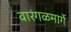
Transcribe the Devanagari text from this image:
वारंगळमार्गे